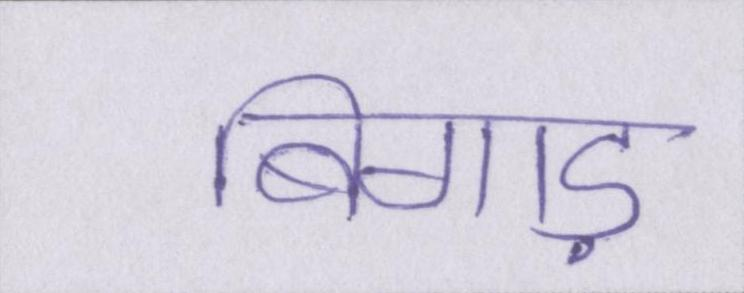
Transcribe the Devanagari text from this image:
बिगाड़